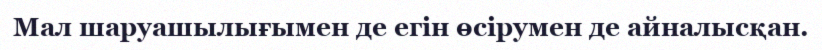
Мал шаруашылығымен де егін өсірумен де айналысқан.